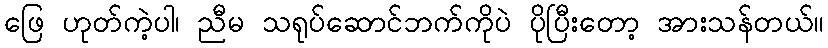
ဖြေ ဟုတ်ကဲ့ပါ၊ ညီမ သရုပ်ဆောင်ဘက်ကိုပဲ ပိုပြီးတော့ အားသန်တယ်။